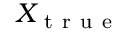
X _ { \mathrm { ~ t ~ r ~ u ~ e ~ } }